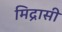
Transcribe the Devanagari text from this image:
मिद्रासी